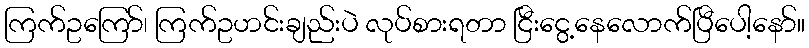
ကြက်ဥကြော်၊ ကြက်ဥဟင်းချည်းပဲ လုပ်စားရတာ ငြီးငွေ့နေလောက်ပြီပေါ့နော်။